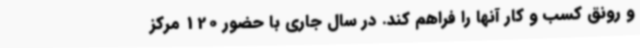
و رونق کسب و کار آنها را فراهم کند. در سال جاری با حضور 120 مرکز